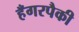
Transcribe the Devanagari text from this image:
हँगरपैकी